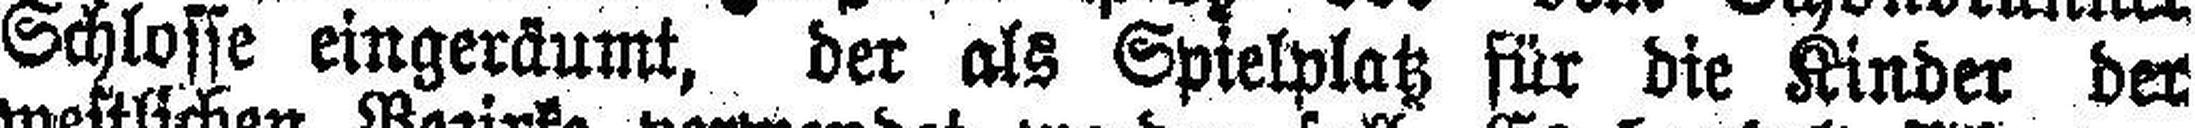
Schlosse eingerdumt, der als Spielplatz für die Kinder der